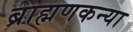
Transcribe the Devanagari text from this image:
ब्राह्मणकन्या